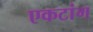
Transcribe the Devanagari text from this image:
एकटांग